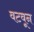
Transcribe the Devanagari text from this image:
वटवून